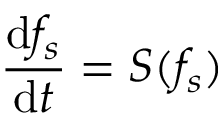
\frac { \mathrm { d } f _ { s } } { \mathrm { d } t } = S ( f _ { s } )